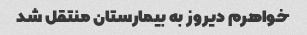
خواهرم دیروز به بیمارستان منتقل شد